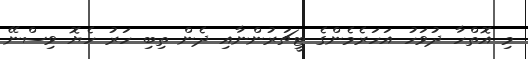
މި އޮތްހާ ދުވަހު އަހަރެމެންގެ ޓީޗަރުންނާއި ދެން ތިބި ހަރު ހެޔޮ ވިސްނޭ